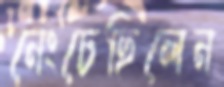
নেংচেছিলেন